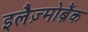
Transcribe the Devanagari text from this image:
इलैज़्मोब्रैंक